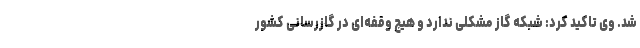
شد. وی تاکید کرد: شبکه گاز مشکلی ندارد و هیچ وقفه‌ای در گازرسانی کشور